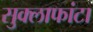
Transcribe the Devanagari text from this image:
सुक्लाफांटा